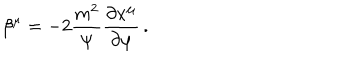
LaTeX: \beta ^ { \mu } = - 2 { \frac { m ^ { 2 } } { \psi } } { \frac { \partial x ^ { \mu } } { \partial \varphi } } \, .